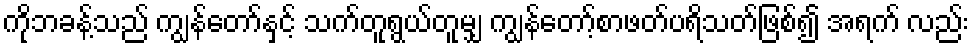
ကိုဘခန့်သည် ကျွန်တော်နှင့် သက်တူရွယ်တူမျှ ကျွန်တော့်စာဖတ်ပရိသတ်ဖြစ်၍ အရက် လည်း